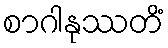
စာဂါနုဿတိံ